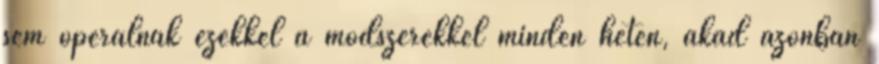
sem operálnak ezekkel a módszerekkel minden héten, akad azonban